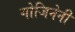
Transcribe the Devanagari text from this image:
गोजिनेनी